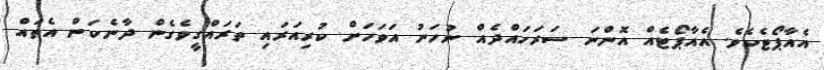
އެއާޕޯޓެކެވެ. އެއާޕޯޓެއް އޮންނަ ސަރަހައްދެއް ނުހަނު އަވަހަށް ކުރިއަރައި ތަރައްގީވެގެން ދާނެކަން އެތައް